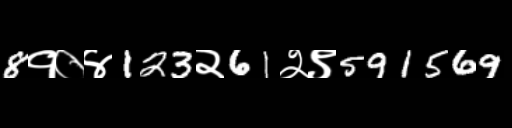
Text: 8१०४123२61२९591569